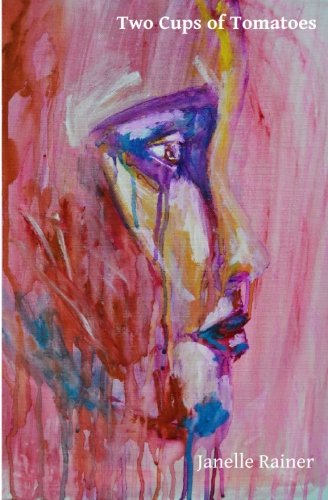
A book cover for Two Cups of Tomatoes; Janelle Rainer; Literature & Fiction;